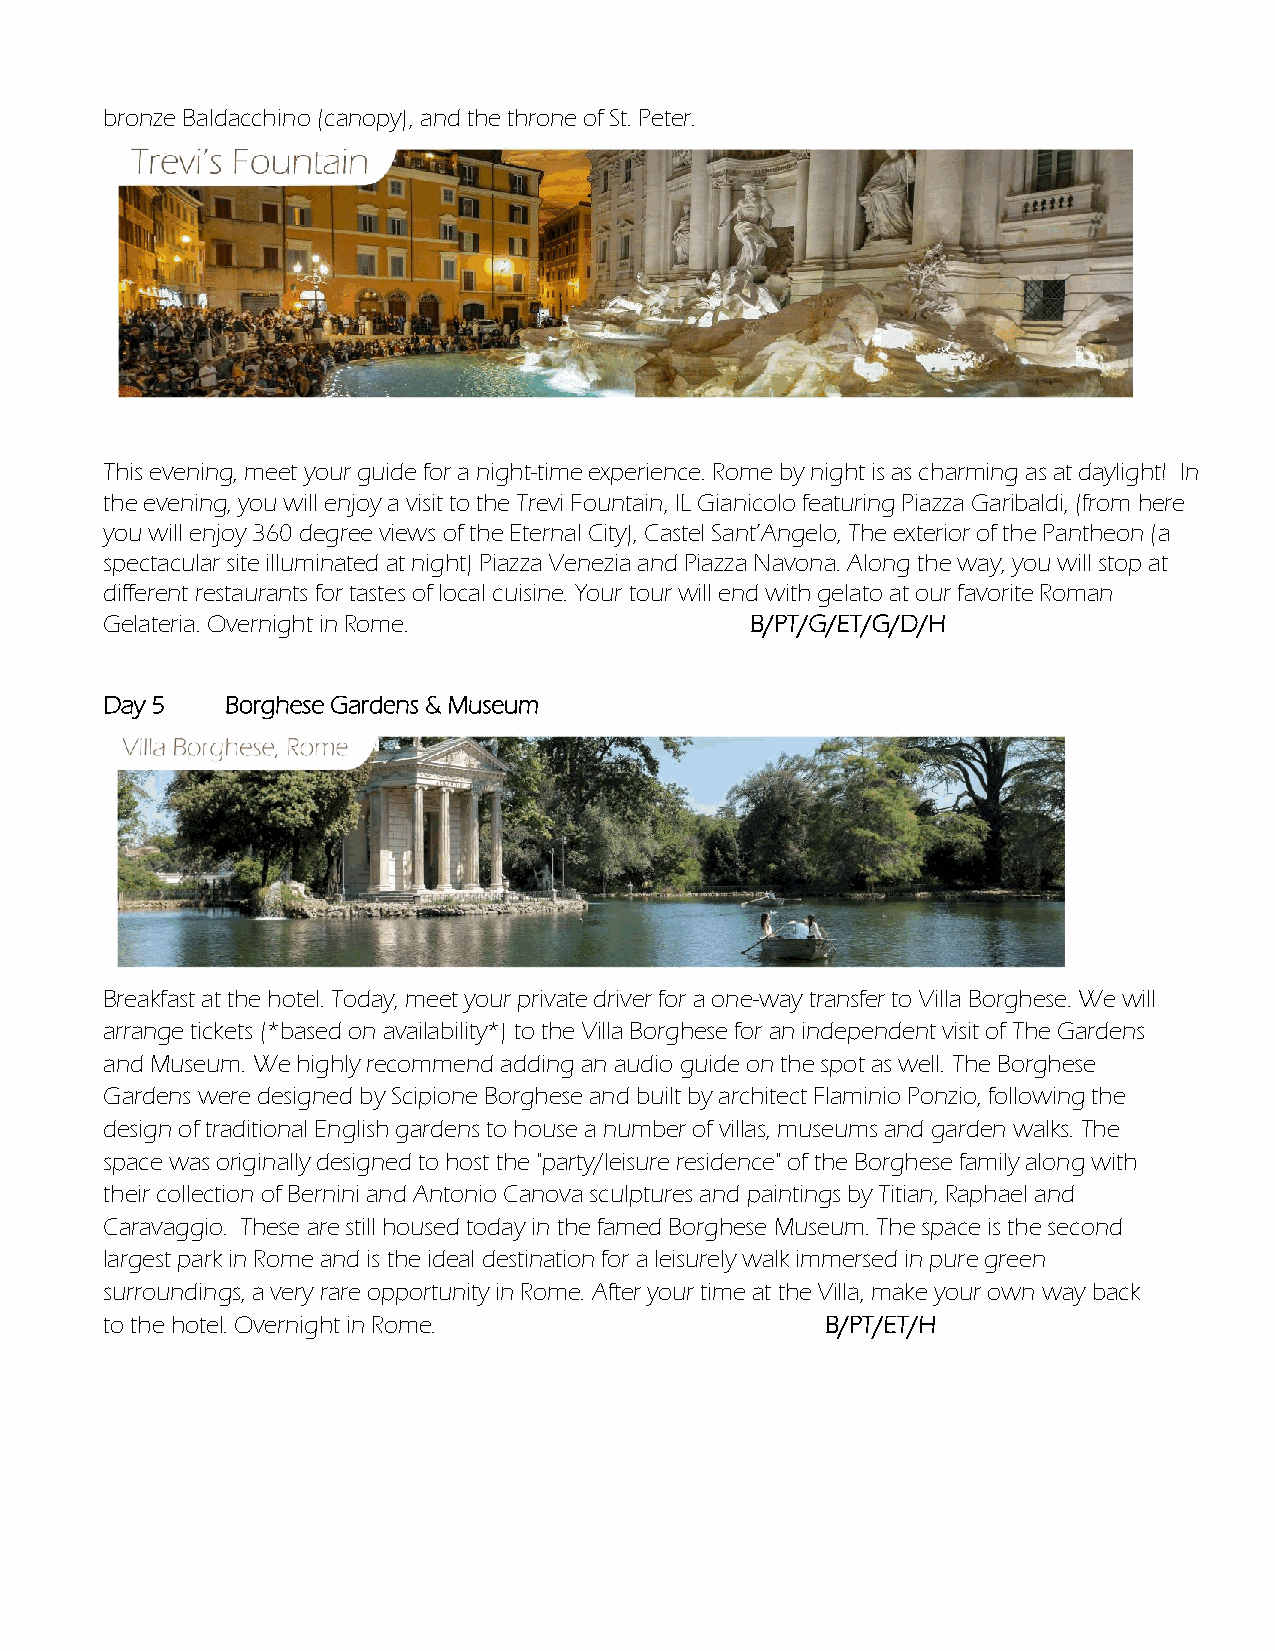
bronze Baldacchino (canopy), and the throne of St. Peter.
 This evening, meet your guide for a night-time experience. Rome by night is as charming as at daylight! In
 the evening, you will enjoy a visit to the Trevi Fountain, IL Gianicolo featuring Piazza Garibaldi, (from here
 you will enjoy 360 degree views of the Eternal City), Castel Sant’Angelo, The exterior of the Pantheon (a
 spectacular site illuminated at night) Piazza Venezia and Piazza Navona. Along the way, you will stop at
 different restaurants for tastes of local cuisine. Your tour will end with gelato at our favorite Roman
 Gelateria. Overnight in Rome.              B/PT/G/ET/G/D/H
 Day 5   Borghese Gardens & Museum
 Breakfast at the hotel. Today, meet your private driver for a one-way transfer to Villa Borghese. We will
 arrange tickets (*based on availability*) to the Villa Borghese for an independent visit of The Gardens
 and Museum. We highly recommend adding an audio guide on the spot as well. The Borghese
 Gardens were designed by Scipione Borghese and built by architect Flaminio Ponzio, following the
 design of traditional English gardens to house a number of villas, museums and garden walks. The
 space was originally designed to host the "party/leisure residence" of the Borghese family along with
 their collection of Bernini and Antonio Canova sculptures and paintings by Titian, Raphael and
 Caravaggio. These are still housed today in the famed Borghese Museum. The space is the second
 largest park in Rome and is the ideal destination for a leisurely walk immersed in pure green
 surroundings, a very rare opportunity in Rome. After your time at the Villa, make your own way back
 to the hotel. Overnight in Rome.                B/PT/ET/H